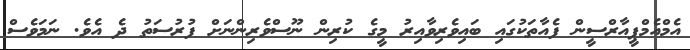
އެމްއެމްޕީއާރްސީން ފެއާތަކުގައި ބައިވެރިވާއިރު މީގެ ކުރިން ނޫސްވެރިންނަށް ފުރުސަތު ދެ އެވެ. ނަމަވެސް